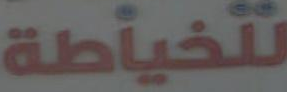
تلخياطة